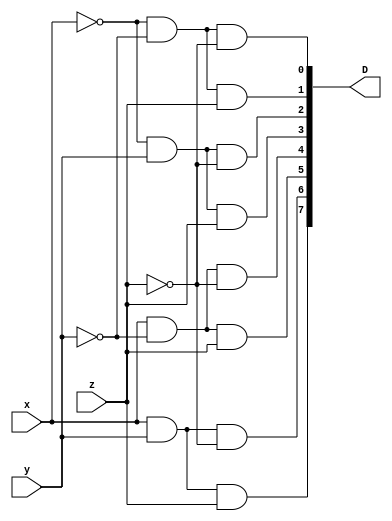
module dec 
(
    input x,y,z,
    output [7:0] D
);

assign D[0] = ~x & ~y & ~z;
assign D[1] = ~x & ~y & z;
assign D[2] = ~x & y & ~z;
assign D[3] = ~x & y & z;
assign D[4] = x & ~y & ~z;
assign D[5] = x & ~y & z;
assign D[6] = x & y & ~z;
assign D[7] = x & y & z;

endmodule